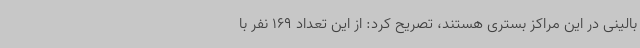
بالینی در این مراکز بستری هستند، تصریح کرد: از این تعداد 169 نفر با